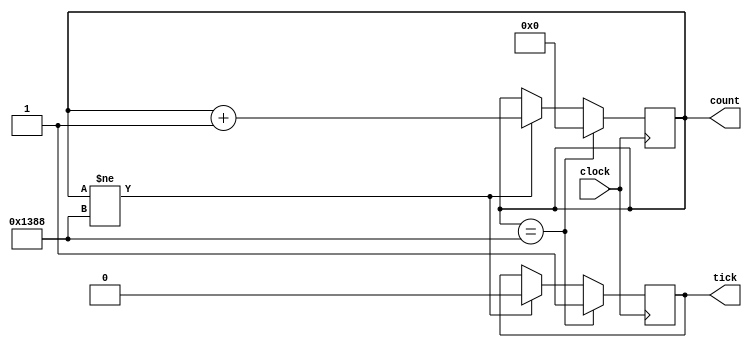
`timescale 1ns / 100ps

module clk_tick (
clock,
count,
tick
);
parameter BIT_SZ=16;
input clock;
output [BIT_SZ-1:0] count;
output tick;

reg [BIT_SZ-1:0] count;
reg tick; 

initial count=0;
initial tick = 0;

always @ (posedge clock)
	if (count == 5000)
	begin
		tick = 1;
		count = 0;
	end
	else if (count != 5000)
	begin
		count = count + 1'b1;
		tick = 0;
	end

endmodule